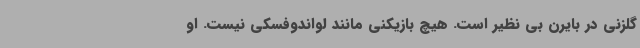
گلزنی در بایرن بی نظیر است. هیچ بازیکنی مانند لواندوفسکی نیست. او